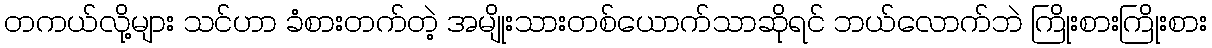
တကယ်လို့များ သင်ဟာ ခံစားတက်တဲ့ အမျိုးသားတစ်ယောက်သာဆိုရင် ဘယ်လောက်ဘဲ ကြိုးစားကြိုးစား